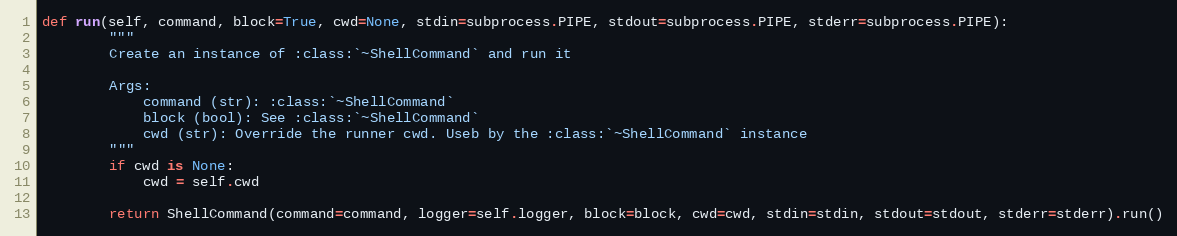
Language: Python
def run(self, command, block=True, cwd=None, stdin=subprocess.PIPE, stdout=subprocess.PIPE, stderr=subprocess.PIPE):
        """
        Create an instance of :class:`~ShellCommand` and run it

        Args:
            command (str): :class:`~ShellCommand`
            block (bool): See :class:`~ShellCommand`
            cwd (str): Override the runner cwd. Useb by the :class:`~ShellCommand` instance
        """
        if cwd is None:
            cwd = self.cwd

        return ShellCommand(command=command, logger=self.logger, block=block, cwd=cwd, stdin=stdin, stdout=stdout, stderr=stderr).run()